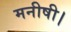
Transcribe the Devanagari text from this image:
मनीषी।